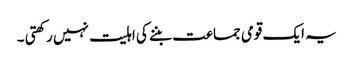
یہ ایک قومی جماعت بننے کی اہلیت نہیں رکھتی ۔